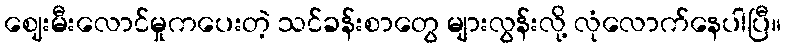
ဈေးမီးလောင်မှုကပေးတဲ့ သင်ခန်းစာတွေ များလွန်းလို့ လုံလောက်နေပါပြီ။